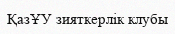
ҚазҰУ зияткерлік клубы